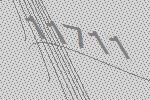
11711